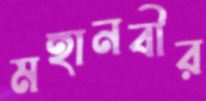
মহানবীর